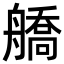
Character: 𦪞